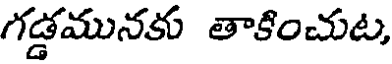
గడ్డమునకు తాకించుట,